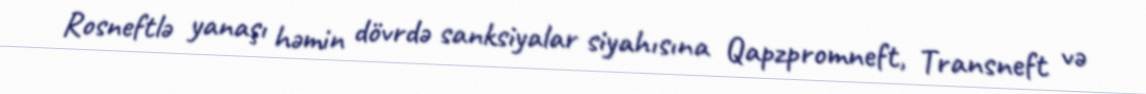
Rosneftlə yanaşı həmin dövrdə sanksiyalar siyahısına Qapzpromneft, Transneft və